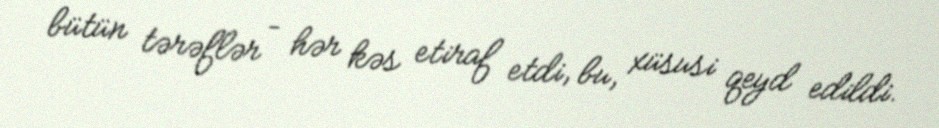
bütün tərəflər – hər kəs etiraf etdi, bu, xüsusi qeyd edildi.